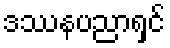
ဒဿနပညာရှင်